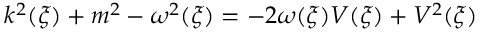
k ^ { 2 } ( \xi ) + m ^ { 2 } - \omega ^ { 2 } ( \xi ) = - 2 \omega ( \xi ) V ( \xi ) + V ^ { 2 } ( \xi )